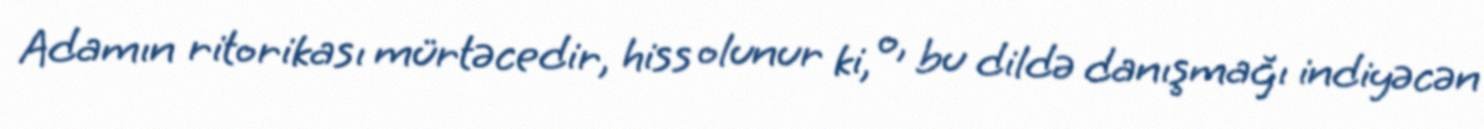
Adamın ritorikası mürtəcedir, hiss olunur ki, o, bu dildə danışmağı indiyəcən